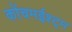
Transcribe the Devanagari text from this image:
कोंचमईश्ट्म